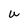
Character: U